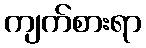
ကျက်စားရာ